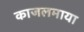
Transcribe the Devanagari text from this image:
काजलमाया